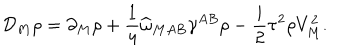
{ \cal D } _ { M } \rho = \partial _ { M } \rho + \frac { 1 } { 4 } \widehat { \omega } _ { M A B } \gamma ^ { A B } \rho - \frac { i } { 2 } \tau ^ { 2 } \rho V _ { M } ^ { 2 } .